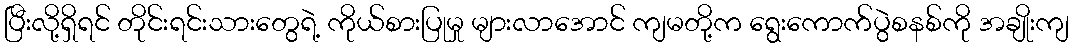
ပြီးလို့ရှိရင် တိုင်းရင်းသားတွေရဲ့ ကိုယ်စားပြုမှု များလာအောင် ကျမတို့က ရွေးကောက်ပွဲစနစ်ကို အချိုးကျ